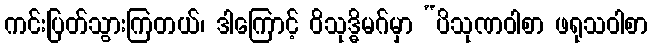
ကင်းပြတ်သွားကြတယ်၊ ဒါကြောင့် ဝိသုဒ္ဓိမဂ်မှာ “ပိသုဏဝါစာ ဖရုသဝါစာ